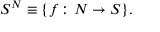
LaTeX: S ^ { N } \equiv \{ f \colon N \to S \} .